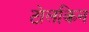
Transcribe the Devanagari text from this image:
टोलकिन